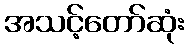
အသင့်တော်ဆုံး